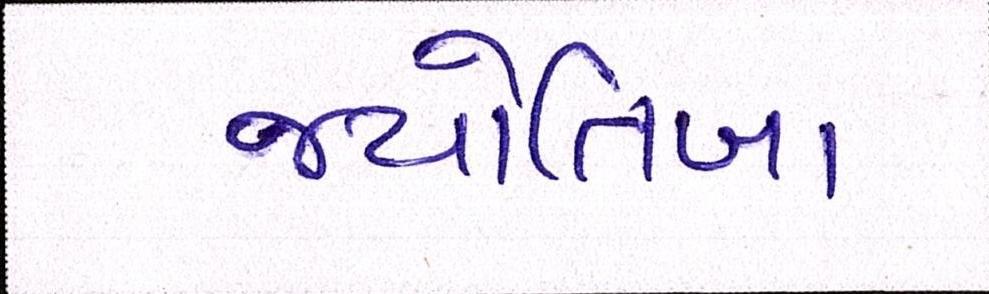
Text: જ્યોતિબા